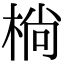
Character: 㭻